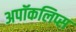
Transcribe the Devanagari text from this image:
अपॉकलिप्स